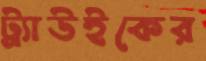
ট্র্যাউইকের